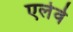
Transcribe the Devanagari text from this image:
एलेवे